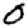
Digit: 0